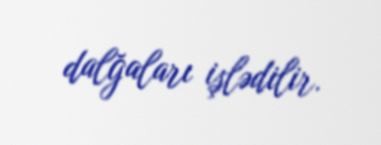
dalğaları işlədilir.